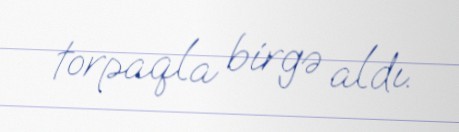
torpaqla birgə aldı.